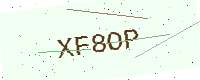
Text: XF8OP